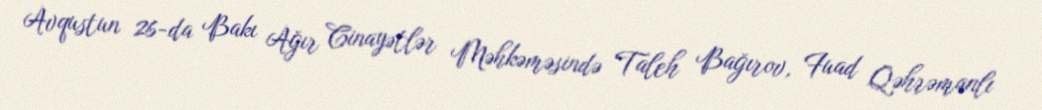
Avqustun 26-da Bakı Ağır Cinayətlər Məhkəməsində Taleh Bağırov, Fuad Qəhrəmanlı